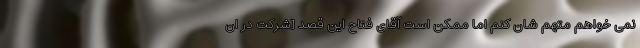
نمی خواهم متهم شان کنم اما ممکن است آقای فتاح این قصد [شرکت در ان